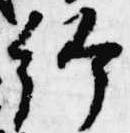
給